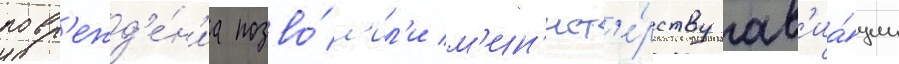
повр'ежд'е́н'иа позво́л'ил'и м'ин'ист'е́рству ав'иа́ции